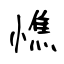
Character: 憔